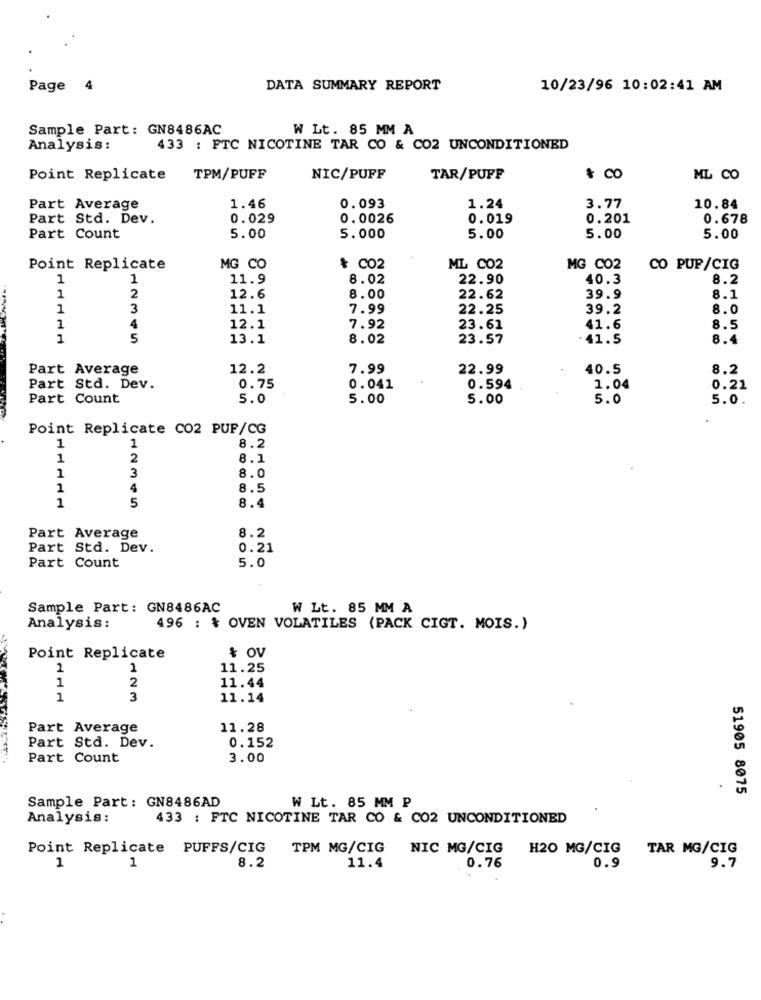
Page
4
DATA SUMMARY REPORT
10/23/96 10:02:41 AM
Sample Part: GN8486AC
W Lt. 85 MM A
Analysis:
433 : FTC NICOTINE TAR CO & CO2 UNCONDITIONED
& co
Point Replicate
TPM/PUFF
NIC/PUFF
TAR/PUFF
ML CO
Part Average
1.46
0.093
1.24
3.77
10.84
Part Std. Dev.
0.029
0.0026
0.019
0.201
0.678
Part Count
5.00
5.000
5.00
5.00
5.00
Point Replicate
MG CO
* C02
ML CO2
MG C02
CO PUP/CIG
1
1
11.9
8.02
22.90
40.3
8.2
1
2
12.6
8.00
22.62
39.9
8.1
1
3
11.1
7.99
22.25
39.2
8.0
1
4
12.1
7.92
23.61
41.6
8.5
1
5
13.1
8.02
23.57
.41.5
8.4
Part Average
12.2
7.99
22.99
40.5
8.2
Part Std. Dev.
0.75
0.041
0.594
1.04
0.21
Part Count
5.0
5.00
5.00
5.0
5.0.
Point Replicate CO2 PUF/CG
1
1
8.2
1
2
8.1
3
1
8.0
1
4
8.5
5
1
8.4
8.2
Part Average
Part Std. Dev.
0.21
5.0
Part Count
Sample Part: GN8486AC
W Lt. 85 MM A
Analysis:
496 : & OVEN VOLATILES (PACK CIGT. MOIS.)
Point Replicate
& OV
1
1
11.25
1
2
11.44
1
3
11.14
Part Average
11.28
0.152
Part Std. Dev.
Part Count
3.00
51905 8075
Sample Part: GN8486AD
W Lt. 85 MM P
Analysis:
433 : FTC NICOTINE TAR CO & CO2 UNCONDITIONED
Point Replicate PUFFS/CIG
TPM MG/CIG NIC MG/CIG
H20 MG/CIG
TAR MG/CIG
1
1
8.2
11.4
0.76
0.9
9.7